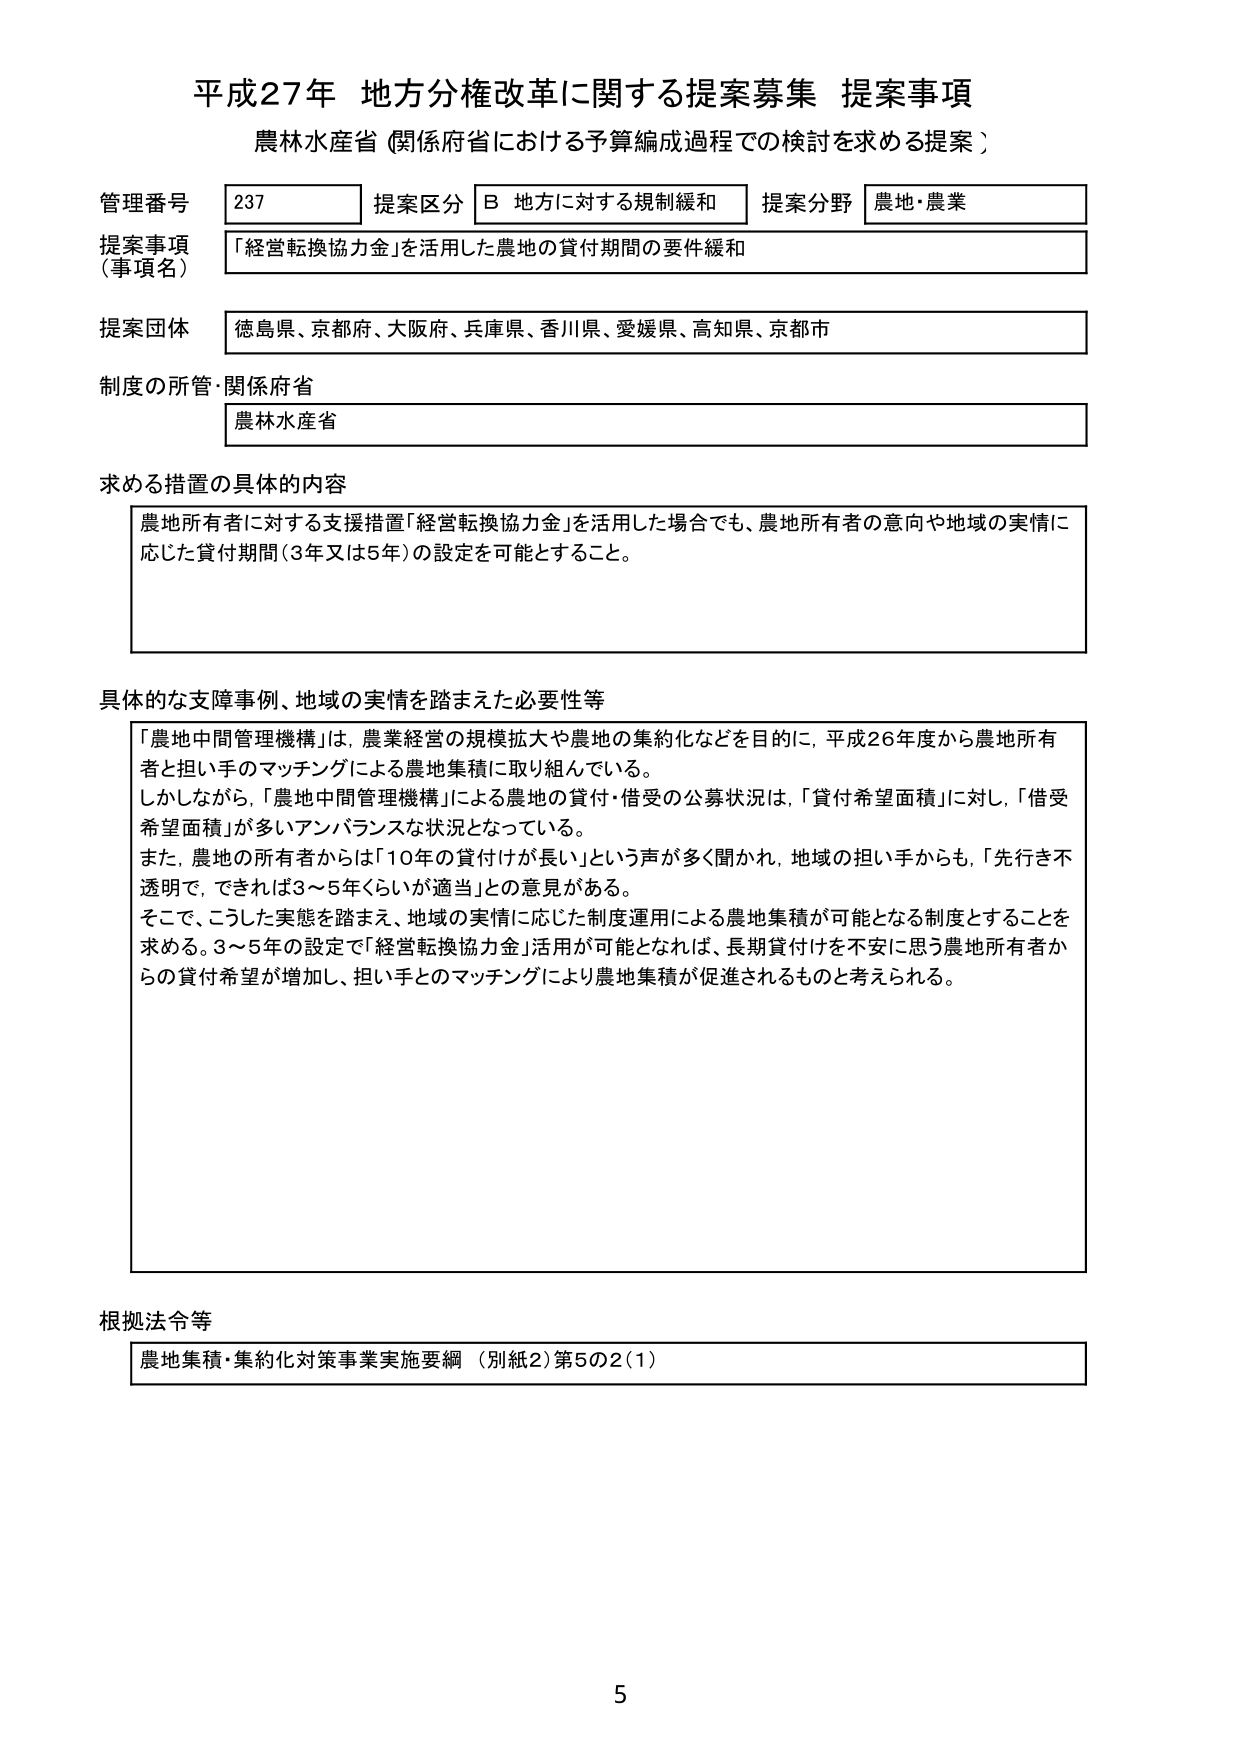
平成27年 地方分権改革に関する提案募集 提案事項
農林水産省（関係府省における予算編成過程での検討を求める提案）

管理番号 237
提案区分 B 地方に対する規制緩和
提案分野 農地・農業

提案事項（事項名）
「経営転換協力金」を活用した農地の貸付期間の要件緩和

提案団体
徳島県、京都府、大阪府、兵庫県、香川県、愛媛県、高知県、京都市

制度の所管・関係府省
農林水産省

求める措置の具体的な内容
農地所有者に対する支援措置「経営転換協力金」を活用した場合でも、農地所有者の意向や地域の実情に応じた貸付期間（3年又は5年）の設定を可能とすること。

具体的な支援事例、地域の実情を踏まえた必要性等
「農地中間管理機構」は、農業経営の規模拡大や農地の集約化などを目的に、平成26年度から農地所有者と担い手のマッチングによる農地集積に取り組んでいる。
しかしながら、「農地中間管理機構」による農地の貸付・借受の公募状況は、「貸付希望面積」に対し、「借受希望面積」が多いアンバランスな状況となっている。
また、農地の所有者からは「10年の貸付けが長い」という声が多く聞かれ、地域の担い手からも、「先行き不透明で、できれば3～5年くらいが適当」との意見がある。
そこで、こうした実態を踏まえ、地域の実情に応じた制度運用による農地集積が可能となる制度とすることを求める。3～5年の設定で「経営転換協力金」活用が可能となれば、長期貸付けを不安に思う農地所有者からの貸付希望が増加し、担い手とのマッチングにより農地集積が促進されるものと考えられる。

根拠法令等
農地集積・集約化対策事業実施要綱（別紙2）第5の2（1）

5